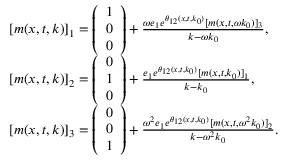
\begin{array} { r l } & { [ m ( x , t , k ) ] _ { 1 } = \left( \begin{array} { l } { 1 } \\ { 0 } \\ { 0 } \end{array} \right) + \frac { \omega e _ { 1 } e ^ { \theta _ { 1 2 } ( x , t , k _ { 0 } ) } [ m ( x , t , \omega k _ { 0 } ) ] _ { 3 } } { k - \omega k _ { 0 } } , } \\ & { [ m ( x , t , k ) ] _ { 2 } = \left( \begin{array} { l } { 0 } \\ { 1 } \\ { 0 } \end{array} \right) + \frac { e _ { 1 } e ^ { \theta _ { 1 2 } ( x , t , k _ { 0 } ) } [ m ( x , t , k _ { 0 } ) ] _ { 1 } } { k - k _ { 0 } } , } \\ & { [ m ( x , t , k ) ] _ { 3 } = \left( \begin{array} { l } { 0 } \\ { 0 } \\ { 1 } \end{array} \right) + \frac { \omega ^ { 2 } e _ { 1 } e ^ { \theta _ { 1 2 } ( x , t , k _ { 0 } ) } [ m ( x , t , \omega ^ { 2 } k _ { 0 } ) ] _ { 2 } } { k - \omega ^ { 2 } k _ { 0 } } . } \end{array}